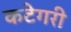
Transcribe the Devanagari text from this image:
कटेगरी